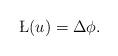
LaTeX: \begin{align*}\L(u) = \Delta \phi.\end{align*}